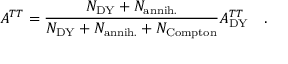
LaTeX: A ^ { T T } = \frac { N _ { \mathrm { D Y } } + N _ { \mathrm { a n n i h . } } } { N _ { \mathrm { D Y } } + N _ { \mathrm { a n n i h . } } + N _ { \mathrm { C o m p t o n } } } A _ { \mathrm { D Y } } ^ { T T } \quad .